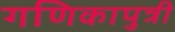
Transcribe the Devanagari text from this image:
गणिकापुत्री